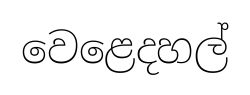
වෙළෙදහල්